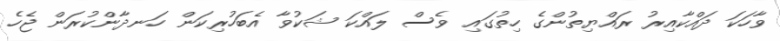
ވާހަކަ ދައްކާއިރު ރައްޔިތުންގެ ހިތުގައި ވެސް ލައްކަ ޝަކުވާ އެބަހުރިކަން ހަނދާންކުރަން ޖެހެ